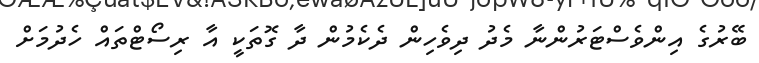
ބޭރުގެ އިންވެސްޓަރުންނާ މެދު ދިވެހިން ދެކެމުން ދާ ގޮތަކީ އާ ރިސޯޓްތައް ހެދުމަށް